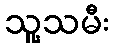
သူ့သမီး